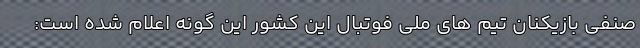
صنفی بازیکنان تیم های ملی فوتبال این کشور این گونه اعلام شده است: